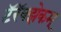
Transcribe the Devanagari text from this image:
टॅरॅक्झेकम्‌